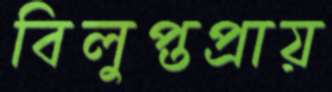
বিলুপ্তপ্রায়